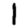
Digit: 1